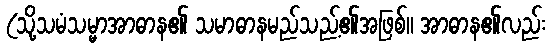
(သို့သမံသမ္မာအာဓာန၏ သမာဓာနမည်သည့်၏အဖြစ်။ အာဓာန၏လည်း